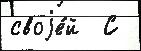
своjе́й  С